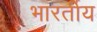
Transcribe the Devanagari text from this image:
भारर्तीय